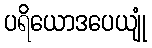
ပရိယောဒပေယျုံ